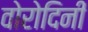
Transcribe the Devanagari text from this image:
वोरोदिनी